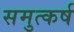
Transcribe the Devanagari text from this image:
समुत्कर्ष